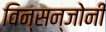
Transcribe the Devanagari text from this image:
विन्सन्जोनी